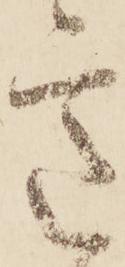
意